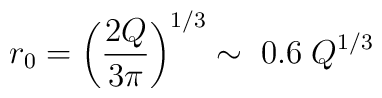
r_0 = \left(\frac{2Q}{3\pi}\right)^{1/3}\sim \; 0.6 \; Q^{1/3}